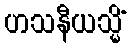
ဟသနီယသ္မိံ